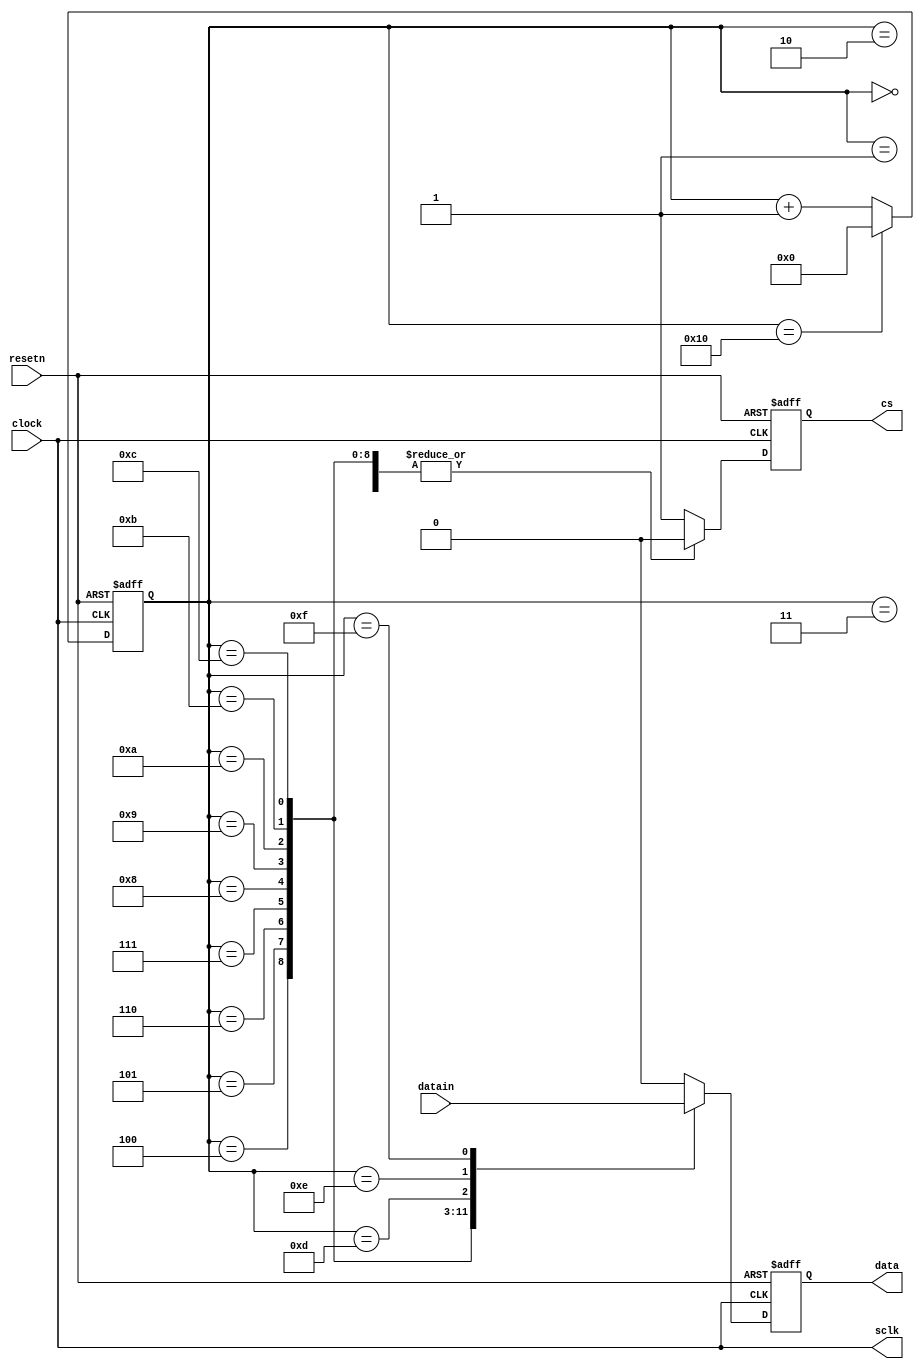
`timescale 1ns / 1ps
//////////////////////////////////////////////////////////////////////////////////
// Company:
// Engineer:
//
// Design Name:
// Module Name: spi_cont
// Project Name:
// Target Devices:
// Tool Versions:
// Description:
//
// Dependencies:
//
// Revision:
// Revision 0.01 - File Created
// Additional Comments:
//
//////////////////////////////////////////////////////////////////////////////////


module pmod_cont(clock,cs,sclk, resetn, data,datain);
input clock,resetn;
input [11:0] datain;
output sclk;
output reg cs,data;
//wire sclk_gen;
reg [4:0] count;
assign sclk = clock;
//assign data_gen_clk = count[4];



always @ (posedge clock or negedge resetn)
begin
if(~resetn)
begin
count <= 5'd0;
cs <= 1'b1;//DC
data <= 1'b0;
end
else
begin
if (count == 5'b10000)
begin
count <= 5'b00000;
end
else
count <= count + 5'b00001;

case(count)
5'd0: begin 	data <= 1'b0; cs <= 1'b0; end //DC
5'd1: begin 	data <= 1'b0; cs <= 1'b0; end //DC
5'd2: begin 	data <= 1'b0; cs <= 1'b0; end// 0 for Normal operation
5'd3: begin 	data <= 1'b0; cs <= 1'b0; end // 0 for Normal operation
5'd4: begin 	data <= datain[11]; cs <= 1'b0; end // data[11]
5'd5: begin 	data <= datain[10]; cs <= 1'b0; end
5'd6: begin 	data <= datain[9]; cs <= 1'b0; end
5'd7: begin 	data <= datain[8];cs <= 1'b0; end
5'd8: begin 	data <= datain[7];cs <= 1'b0; end
5'd9: begin 	data <= datain[6];cs <= 1'b0; end
5'd10: begin 	data <= datain[5];cs <= 1'b0; end
5'd11: begin 	data <= datain[4];cs <= 1'b0; end
5'd12: begin 	data <= datain[3];cs <= 1'b0; end
5'd13: begin 	data <= datain[2];cs <= 1'b0; end
5'd14: begin 	data <= datain[1];cs <= 1'b0; end
5'd15: begin 	data <= datain[0];cs <= 1'b0; end // data[0]
default: begin data <= 1'b0;cs <= 1'b1; end
endcase
end
end

endmodule